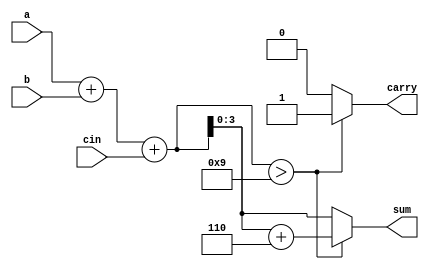
module bcd_adder(sum,carry,a,b,cin);
   input [3:0] a,b;
    input cin;
    output [3:0] sum;
    output carry;
    reg [4:0] t;
    reg [3:0] sum; //Internal variables
    reg carry;  
    always @(a,b,cin)
    begin
        t = a+b+cin; 
        if(t > 9)    begin
            t = t+6; //add 6, if result is more than 9.
            carry = 1;  
            sum = t[3:0];
                end
        else    begin
            carry = 0;
            sum = t[3:0];
        end
    end     

endmodule